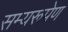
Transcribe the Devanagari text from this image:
सम्यरूपेण